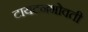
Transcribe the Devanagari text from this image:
टायटनभोवती